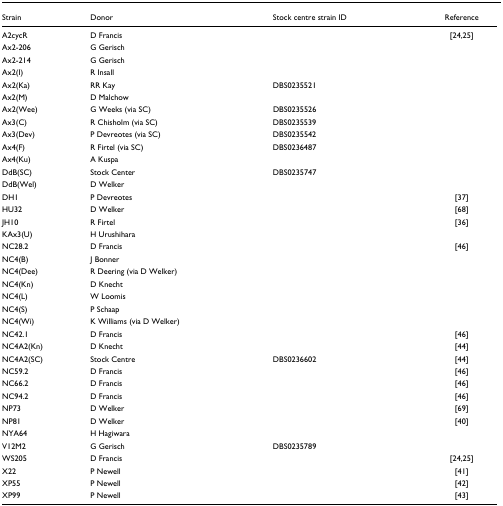
<table><thead><tr><td><b>Strain</b></td><td><b>Donor</b></td><td><b>Stock centre strain ID</b></td><td><b>Reference</b></td></tr></thead><tbody><tr><td>A2cycR</td><td>D Francis</td><td></td><td>[24,25]</td></tr><tr><td>Ax2-206</td><td>G Gerisch</td><td></td><td></td></tr><tr><td>Ax2-214</td><td>G Gerisch</td><td></td><td></td></tr><tr><td>Ax2(I)</td><td>R Insall</td><td></td><td></td></tr><tr><td>Ax2(Ka)</td><td>RR Kay</td><td>DBS0235521</td><td></td></tr><tr><td>Ax2(M)</td><td>D Malchow</td><td></td><td></td></tr><tr><td>Ax2(Wee)</td><td>G Weeks (via SC)</td><td>DBS0235526</td><td></td></tr><tr><td>Ax3(C)</td><td>R Chisholm (via SC)</td><td>DBS0235539</td><td></td></tr><tr><td>Ax3(Dev)</td><td>P Devreotes (via SC)</td><td>DBS0235542</td><td></td></tr><tr><td>Ax4(F)</td><td>R Firtel (via SC)</td><td>DBS0236487</td><td></td></tr><tr><td>Ax4(Ku)</td><td>A Kuspa</td><td></td><td></td></tr><tr><td>DdB(SC)</td><td>Stock Center</td><td>DBS0235747</td><td></td></tr><tr><td>DdB(Wel)</td><td>D Welker</td><td></td><td></td></tr><tr><td>DH1</td><td>P Devreotes</td><td></td><td>[37]</td></tr><tr><td>HU32</td><td>D Welker</td><td></td><td>[68]</td></tr><tr><td>JH10</td><td>R Firtel</td><td></td><td>[36]</td></tr><tr><td>KAx3(U)</td><td>H Urushihara</td><td></td><td></td></tr><tr><td>NC28.2</td><td>D Francis</td><td></td><td>[46]</td></tr><tr><td>NC4(B)</td><td>J Bonner</td><td></td><td></td></tr><tr><td>NC4(Dee)</td><td>R Deering (via D Welker)</td><td></td><td></td></tr><tr><td>NC4(Kn)</td><td>D Knecht</td><td></td><td></td></tr><tr><td>NC4(L)</td><td>W Loomis</td><td></td><td></td></tr><tr><td>NC4(S)</td><td>P Schaap</td><td></td><td></td></tr><tr><td>NC4(Wi)</td><td>K Williams (via D Welker)</td><td></td><td></td></tr><tr><td>NC42.1</td><td>D Francis</td><td></td><td>[46]</td></tr><tr><td>NC4A2(Kn)</td><td>D Knecht</td><td></td><td>[44]</td></tr><tr><td>NC4A2(SC)</td><td>Stock Centre</td><td>DBS0236602</td><td>[44]</td></tr><tr><td>NC59.2</td><td>D Francis</td><td></td><td>[46]</td></tr><tr><td>NC66.2</td><td>D Francis</td><td></td><td>[46]</td></tr><tr><td>NC94.2</td><td>D Francis</td><td></td><td>[46]</td></tr><tr><td>NP73</td><td>D Welker</td><td></td><td>[69]</td></tr><tr><td>NP81</td><td>D Welker</td><td></td><td>[40]</td></tr><tr><td>NYA64</td><td>H Hagiwara</td><td></td><td></td></tr><tr><td>V12M2</td><td>G Gerisch</td><td>DBS0235789</td><td></td></tr><tr><td>WS205</td><td>D Francis</td><td></td><td>[24,25]</td></tr><tr><td>X22</td><td>P Newell</td><td></td><td>[41]</td></tr><tr><td>XP55</td><td>P Newell</td><td></td><td>[42]</td></tr><tr><td>XP99</td><td>P Newell</td><td></td><td>[43]</td></tr></tbody></table>